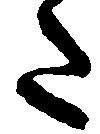
た